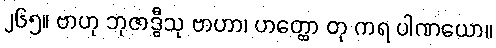
၂၆၅။ ဗာဟု ဘုဇာဒွီသု ဗာဟာ၊ ဟတ္ထော တု ကရ ပါဏယော။